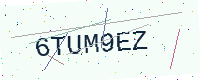
Text: 6TUM9EZ